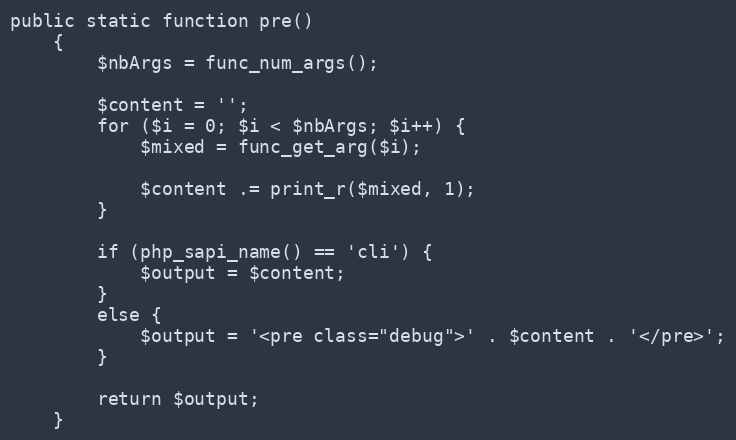
Language: PHP
public static function pre()
    {
        $nbArgs = func_num_args();

        $content = '';
        for ($i = 0; $i < $nbArgs; $i++) {
            $mixed = func_get_arg($i);

            $content .= print_r($mixed, 1);
        }

        if (php_sapi_name() == 'cli') {
            $output = $content;
        }
        else {
            $output = '<pre class="debug">' . $content . '</pre>';
        }

        return $output;
    }